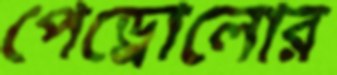
পেড্রোলোর